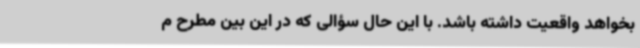
بخواهد واقعیت داشته باشد. با این‌ حال سؤالی که در این‌ بین مطرح م